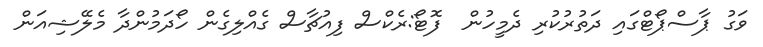
ވަގު ޕާސްޕޯޓްގައި ދަތުރުކުރި ދެމީހުން  ފޮޓޯ:ރެކްސް ފިއުޗާސް ގެއްލިގެން ހޯދަމުންދާ މެލޭޝިއަން